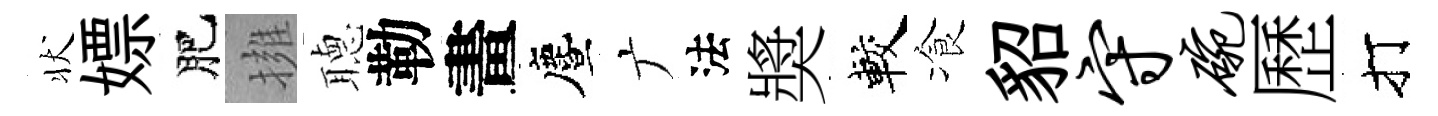
状嫖肥擁𦗟勒畫󵨌广法奬較飡貂守碗歷打